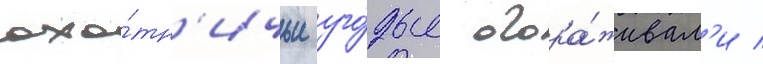
охо́тн'ичьи уго́дья огора́живал'и /